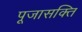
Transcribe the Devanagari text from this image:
पूजासक्ति